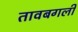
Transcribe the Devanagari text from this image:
तावबगली